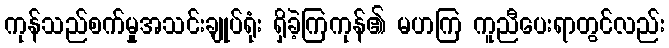
ကုန်သည်စက်မှုအသင်းချုပ်ရုံး ရှိခဲ့ကြကုန်၏ မဟကြ ကူညီပေးရာတွင်လည်း